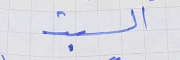
السبت